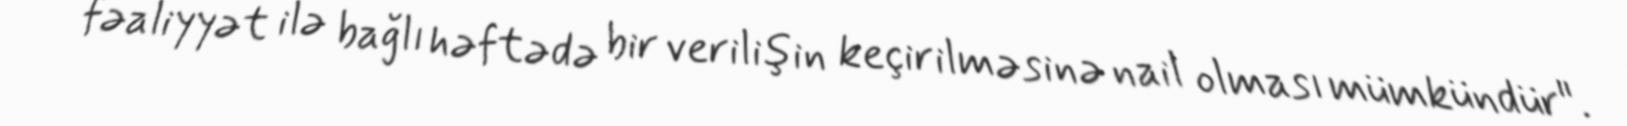
fəaliyyət ilə bağlı həftədə bir verilişin keçirilməsinə nail olması mümkündür".